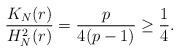
LaTeX: \begin{align*} \frac{K_N(r)}{H_N^2(r)}=\frac{p}{4(p-1)}\geq \frac{1}{4}.\end{align*}